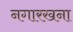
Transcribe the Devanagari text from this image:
नगारखना